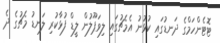
ޓޮޓެންހަމްގެ ދަނޑުގައި ކުޅުނު އެމެޗުގައި ލިވަޕޫލުން ލީޑް ފުޅާކުރި ލަނޑު މެޗުގެ ދެ